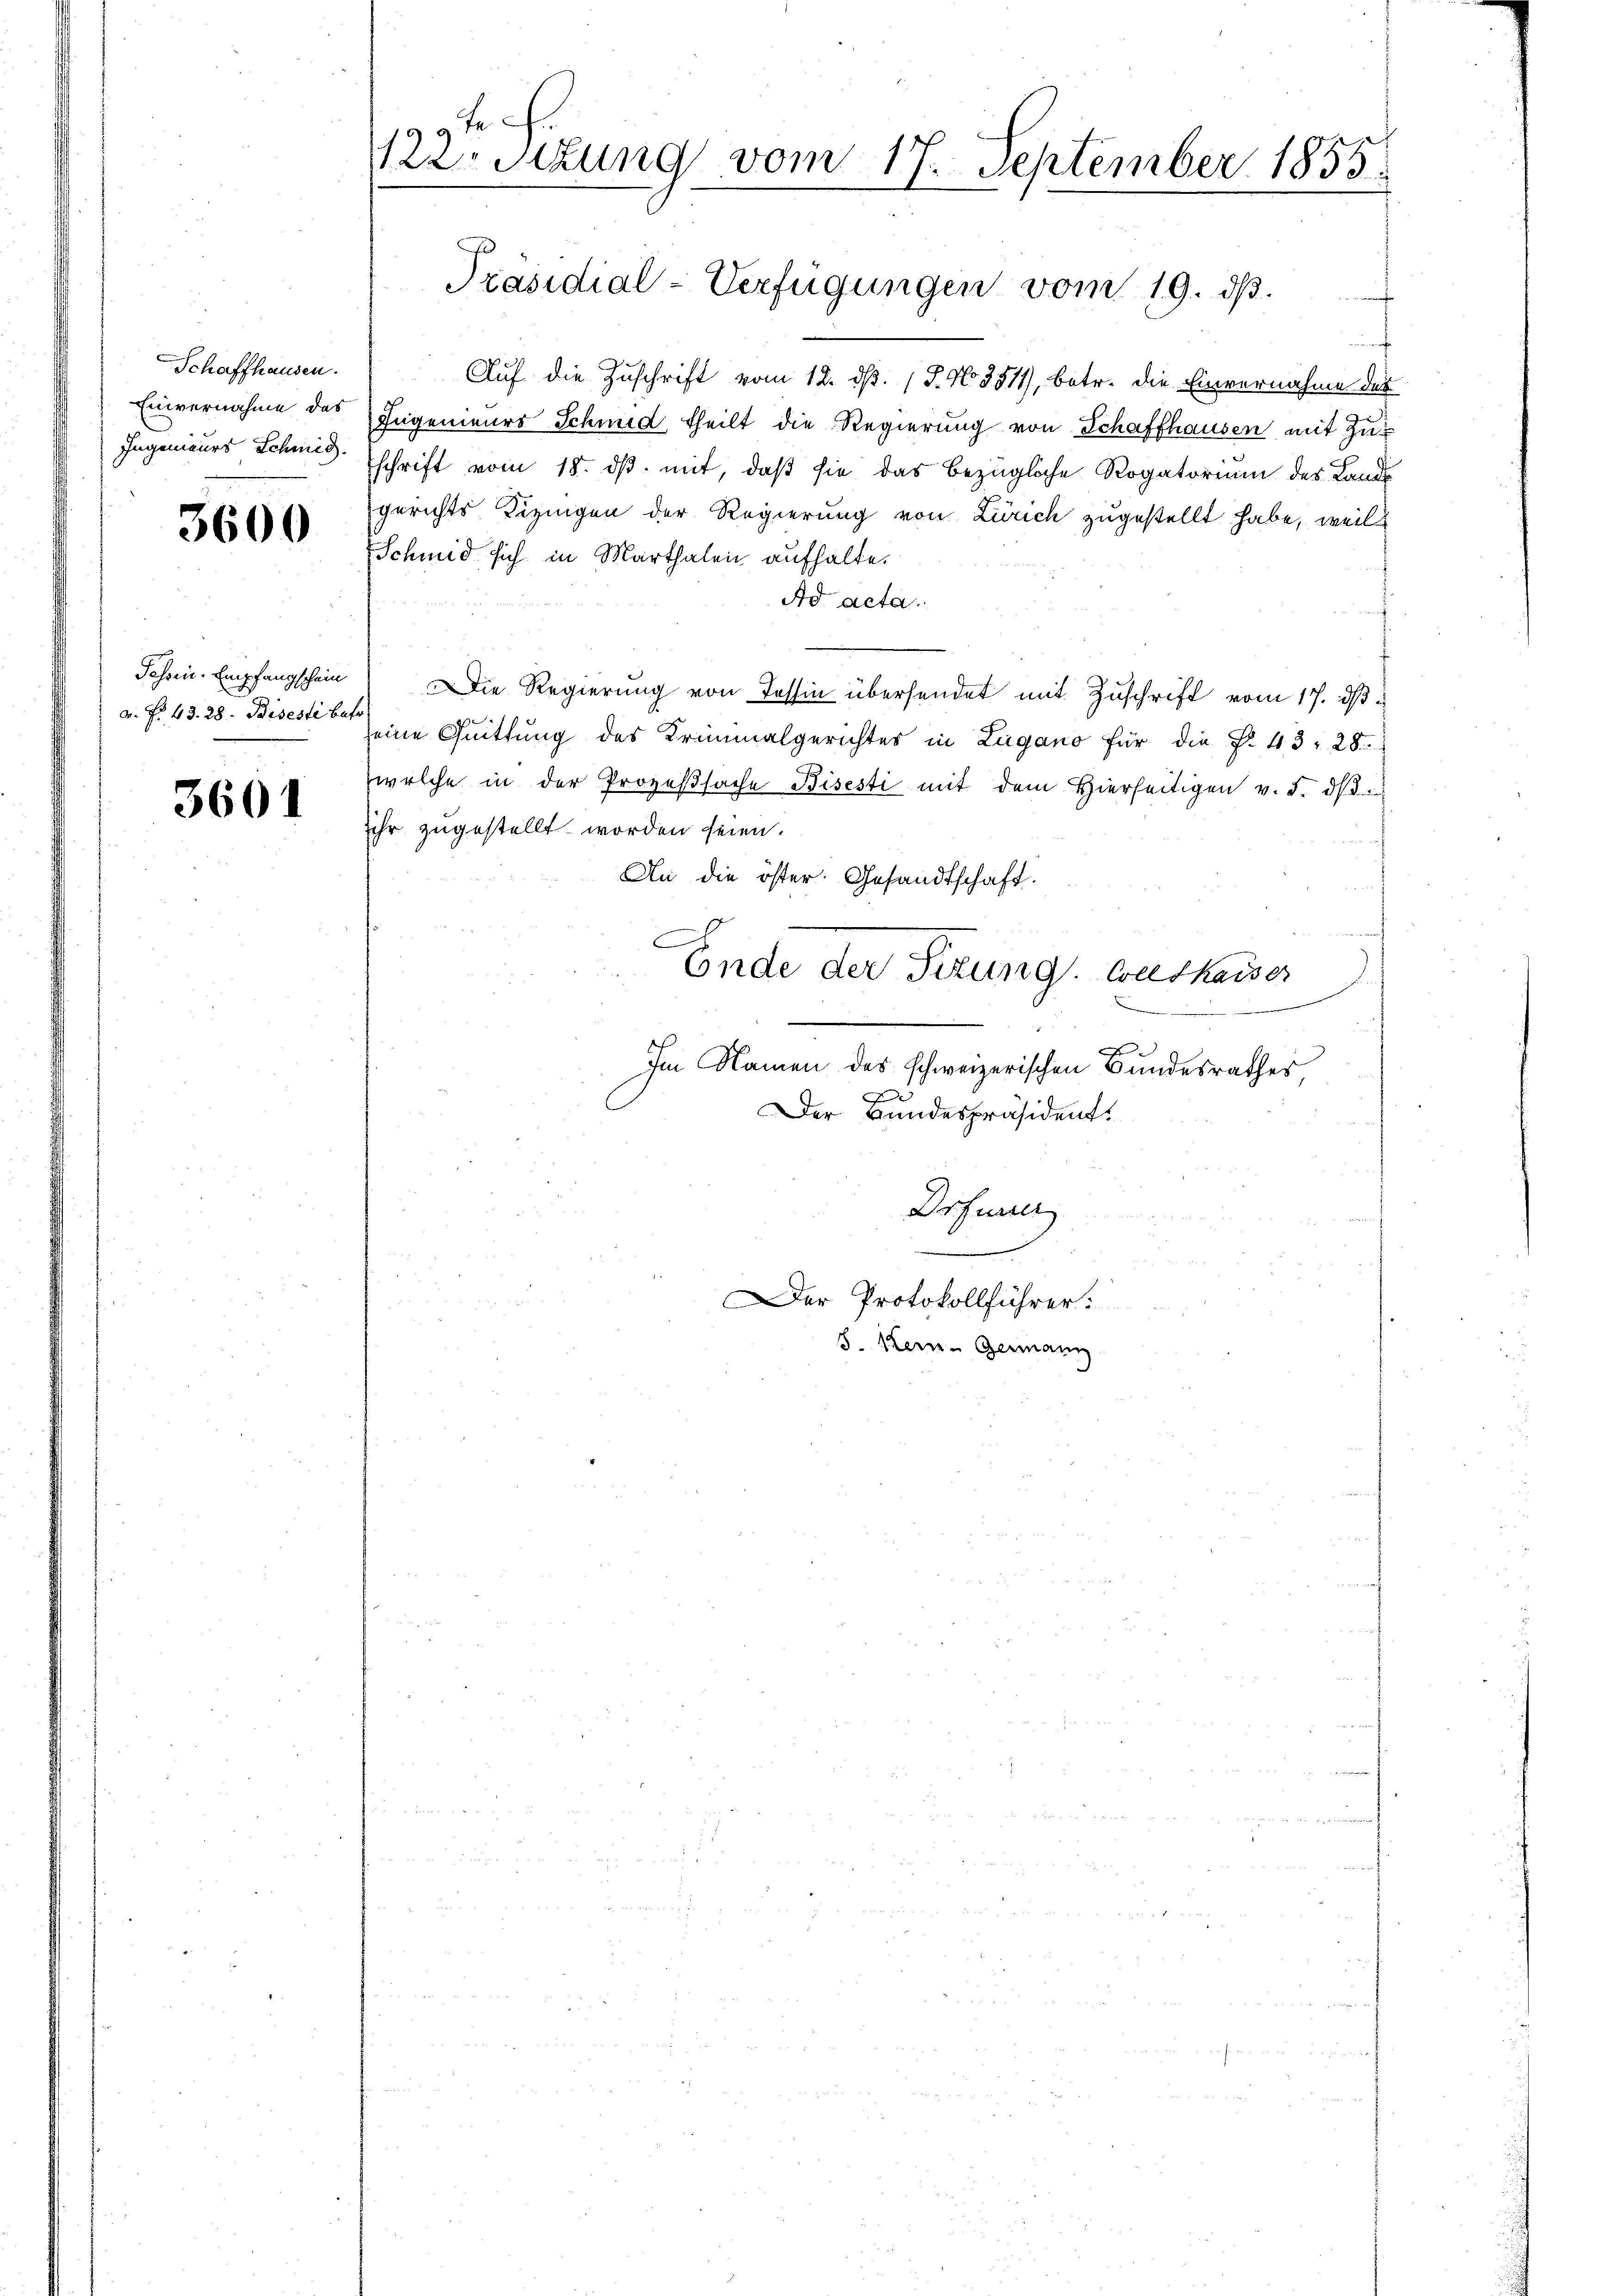
Schaffhausen.
Einvernahme des
Ingenieurs Schmied

3600

Fehn-Empfangschein
a. f. 43. 28. Biseste bet

3601

tr.
122. Sitzung vom 17. September 1855.

E
Auf die Zuschrift vom 12. d. 1 S. No 851, betr. die Einvernahme des
Eugenieurs Schmid, theilt die Regierung von Schaffhausen mit Zuschrift vom 18. ds. mit, daß sie das bezügliche Rogatorium des Lands
gerichts Lizingen der Regierung von Zürich zugestellt habe, weil
Schmid sich in Marthalen aufhalte.
Ad acta.
Die Regierung von Tessin übersendet mit Zuschrift vom 17. ds
seine Quittung des Kriminalgerichter in Zugano für die P. 43, 28.
welche in der Prozeßsache Bisesti mit dem Hierseitigen v. d. d.
sehr zugestellt worden seien.
An die öster Gesandtschaft.
Ende der Sizung weshaiser

Im Namen des schweizerischen Bundesrathes
Der Bundespräsident.
Drfurter
i
Der Protokollführer:
8. Kein Germann

Präsidial-Verfügungen vom 19. ds.